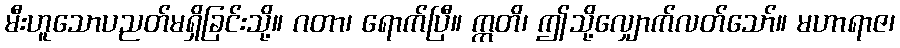
မီးဟူသောပညတ်မရှိခြင်းသို့။ ဂတာ၊ ရောက်ပြီ။ ဣတိ၊ ဤသို့လျှောက်လတ်သော်။ မဟာရာဇ၊